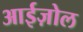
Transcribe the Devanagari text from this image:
आईज़ोल